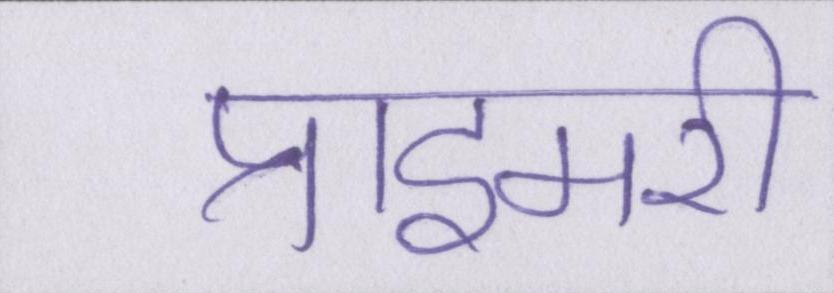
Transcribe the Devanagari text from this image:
प्राइमरी